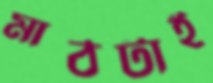
মাঠটাই